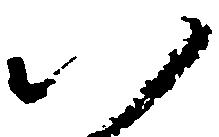
以